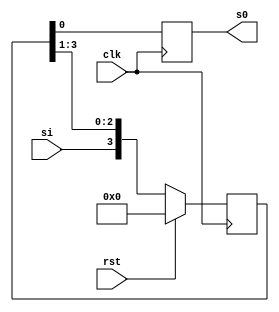
`timescale 1ns / 1ps
//////////////////////////////////////////////////////////////////////////////////
// Company: 
// Engineer: 
// 
// Design Name: 
// Module Name: siso
// Project Name: 
// Target Devices: 
// Tool Versions: 
// Description: 
// 
// Dependencies: 
// 
// Revision:
// Revision 0.01 - File Created
// Additional Comments:
// 
//////////////////////////////////////////////////////////////////////////////////


module siso(
    input si,clk,rst,
    output reg s0
    );
   reg [3:0] temp;
   
    
    always @ (posedge clk)
      begin
        if(rst)
        temp<=4'b0000;
        else
          temp<={si,temp[3:1]};
         s0<=temp[0];
      end
          
endmodule